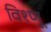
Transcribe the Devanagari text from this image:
विश्णू